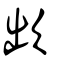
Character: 欪